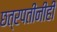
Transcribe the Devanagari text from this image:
छत्रपतींनीही